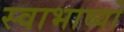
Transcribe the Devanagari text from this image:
स्वाभाव्यो